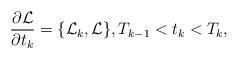
LaTeX: \begin{align*}\frac{\partial \mathcal L}{\partial t_k}=\{\mathcal L_k,\mathcal L\},T_{k-1}<t_k<T_k,\end{align*}